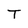
Character: T